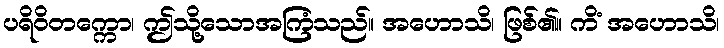
ပရိဝိတက္ကော၊ ဤသို့သောအကြံသည်။ အဟောသိ၊ ဖြစ်၏။ ကိံ အဟောသိ၊